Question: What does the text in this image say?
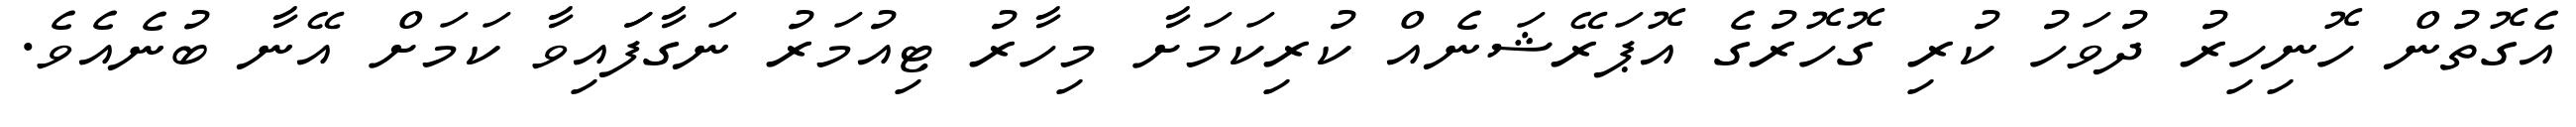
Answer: އެގޮތުން ހޮނިހިރު ދުވަހު ކުރި ގޮހޮރުގެ އޮޕަރޭޝަނެއް ކުރިކަމަށާ މިހާރު ޓިއުމަރު ނަގާފަައިވާ ކަމަށް އޭނާ ބުނެއެވެ.